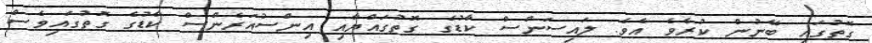
ގޮތުގައި ބޭނުން ކުރެވެ އެވެ. ލައިސަންސް ކާޑުގެ ގޮތުގައްޔާއި އިންސުއަރެންސް ކާޑުގެ ގޮތުގައިވެސް